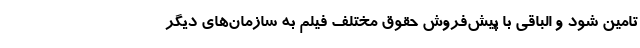
تامین شود و الباقی با پیش‌فروش حقوق مختلف فیلم به سازمان‌های دیگر